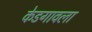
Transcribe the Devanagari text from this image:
केडगावला